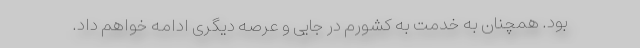
بود. همچنان به خدمت به کشورم در جایی و عرصه دیگری ادامه خواهم داد.